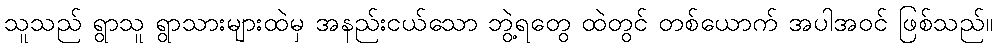
သူသည် ရွာသူ ရွာသားများထဲမှ အနည်းငယ်သော ဘွဲ့ရတွေ ထဲတွင် တစ်ယောက် အပါအဝင် ဖြစ်သည်။